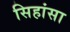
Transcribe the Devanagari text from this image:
सिहांसा